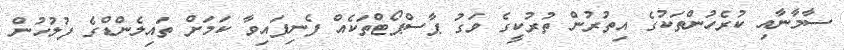
ސާމާނާއި ކުރެހުންތަކުގެ އިތުރުން ތުރުކީގެ ވަގު ޕާސްޕޯޓްތަކެއް ފެނިފައިވާ ކަމަށް ތައިލެންޑްގެ ފުލުހުން